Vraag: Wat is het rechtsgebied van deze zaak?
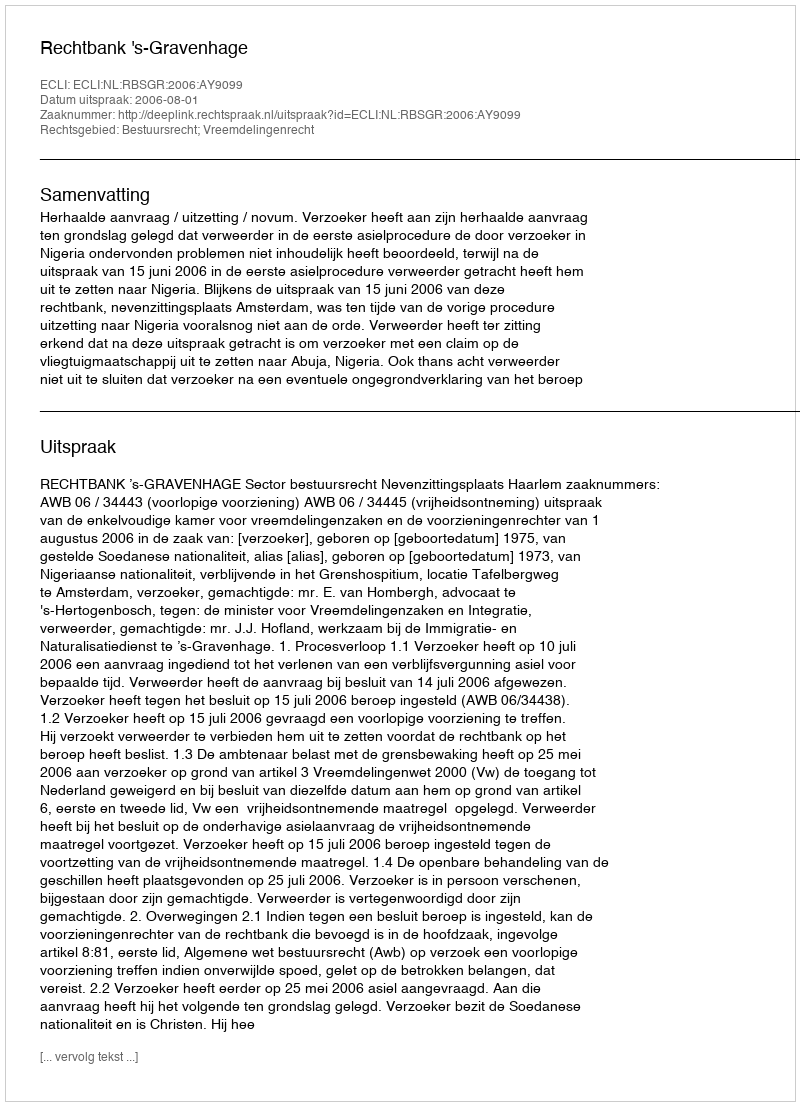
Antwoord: Bestuursrecht; Vreemdelingenrecht